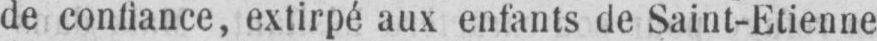
de confiance, extirpé aux enfants de Saint-Etienne